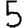
Digit: 5